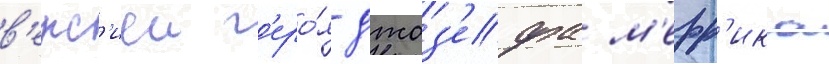
в'ерс'иеи г'еро́я джоз'ефа м'ерр'ика